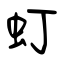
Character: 虰